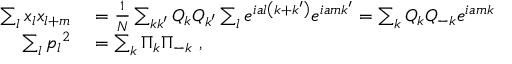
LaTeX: \begin{array} { r l } { \sum _ { l } x _ { l } x _ { l + m } } & { { } = { \frac { 1 } { N } } \sum _ { k k ^ { \prime } } Q _ { k } Q _ { k ^ { \prime } } \sum _ { l } e ^ { i a l \left( k + k ^ { \prime } \right) } e ^ { i a m k ^ { \prime } } = \sum _ { k } Q _ { k } Q _ { - k } e ^ { i a m k } } \\ { \sum _ { l } { p _ { l } } ^ { 2 } } & { { } = \sum _ { k } \Pi _ { k } \Pi _ { - k } ~ , } \end{array}